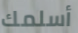
أسلمك